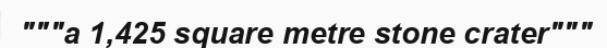
"""a 1,425 square metre stone crater"""